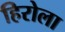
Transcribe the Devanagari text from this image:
हिरोला